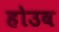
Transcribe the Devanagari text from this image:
होउव